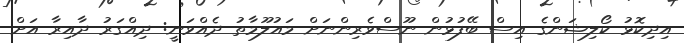
އިދިކޮޅު ކޯލިޝަންގެ އިސް ބޭފުޅުން ނޫސްވެރިންނަށް މައުލޫމާތު ދެއްވަނީ: ދިއްގަރު ދާއިރާ އަށް